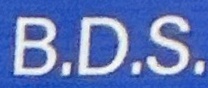
B.D.S.